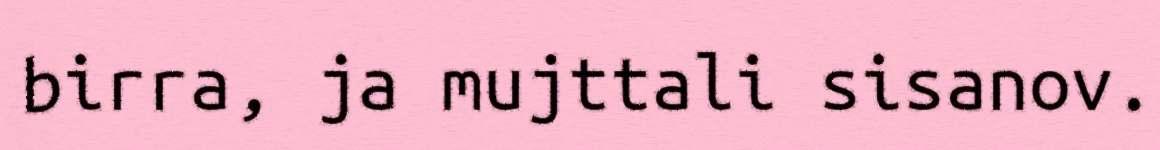
birra, ja mujttali sisanov.